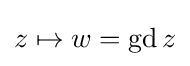
{\textstyle z\mapsto w=\operatorname {gd} z}